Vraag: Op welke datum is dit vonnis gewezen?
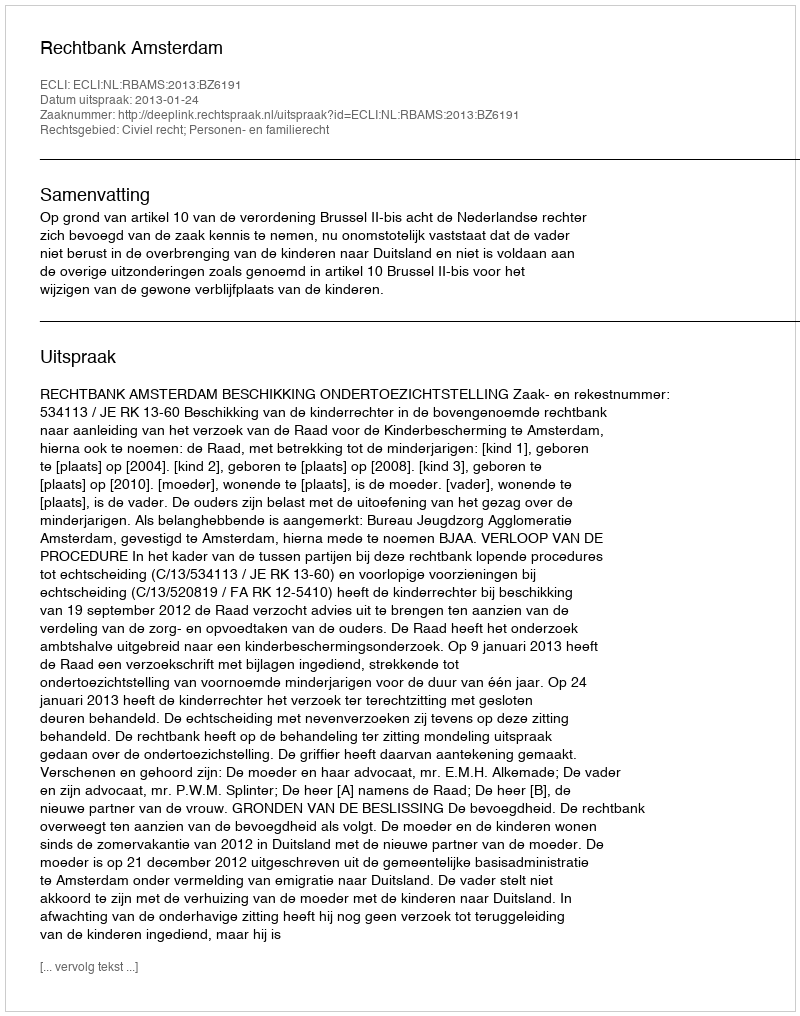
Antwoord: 2013-01-24